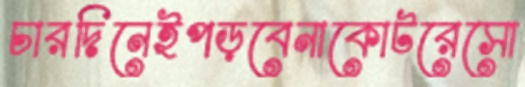
চারদিনেইপড়বেনাকোটরেসো